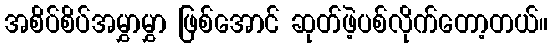
အစိပ်စိပ်အမွှာမွှာ ဖြစ်အောင် ဆုတ်ဖဲ့ပစ်လိုက်တော့တယ်။